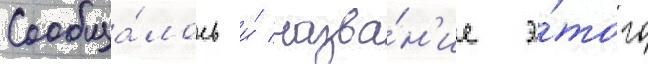
Сообща́лось и́ назва́н'ие э́того